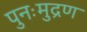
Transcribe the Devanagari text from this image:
पुनःमुद्रण